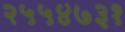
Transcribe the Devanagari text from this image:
२५५४७३१